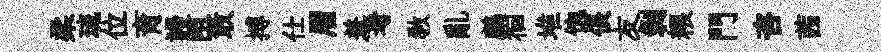
柔琉位育謾阻敢搏仕眉羞考敎亂鸕徊堆饱倀友剝粮門咨茜